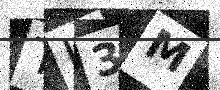
Text: TL3M